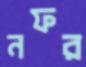
নফর